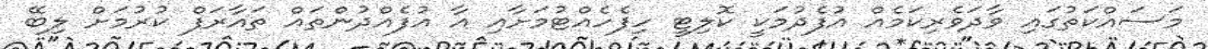
މަސައްކަތުގައި ވާދަވެރިކަމެއް އުފެދުމަކީ ކޮލިޓީ ހިފެހެއްޓުމަށާއި އާ އުފެއްދުންތައް ތައާރަފް ކުރުމަށް ލިބޭ